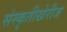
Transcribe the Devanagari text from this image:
संस्कृतीखेरीज